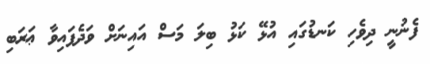
ފެނުނީ ދިވެހި ކަނޑުގައި އުޅޭ ކަޅު ބިލަ މަސް އައިނަށް ވަދެފައިވާ ޢަރަބި